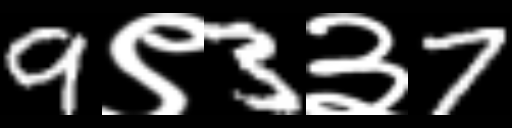
Text: 9९3३7